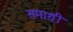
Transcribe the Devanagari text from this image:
समाथी